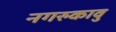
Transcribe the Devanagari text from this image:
नगरुकावु